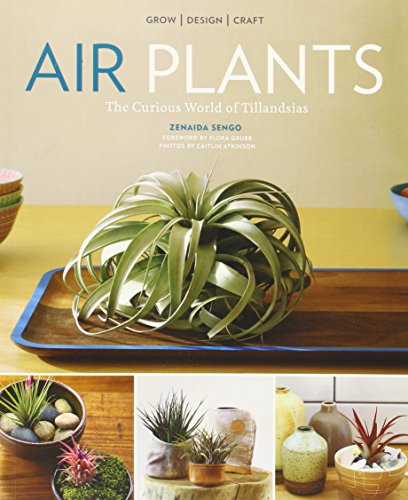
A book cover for Air Plants; Zenaida Sengo; Crafts, Hobbies & Home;